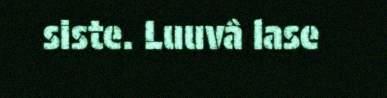
siste. Luuvâ lase